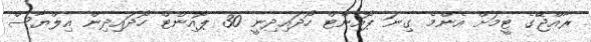
ރާއްޖޭގެ ޓީމަށް އެންމެ ގިނަ ޕޮއިންޓް ހޯދައިދިނީ 30 ޕޮއިންޓް ހޯދައިދިން އިލްޔާސް